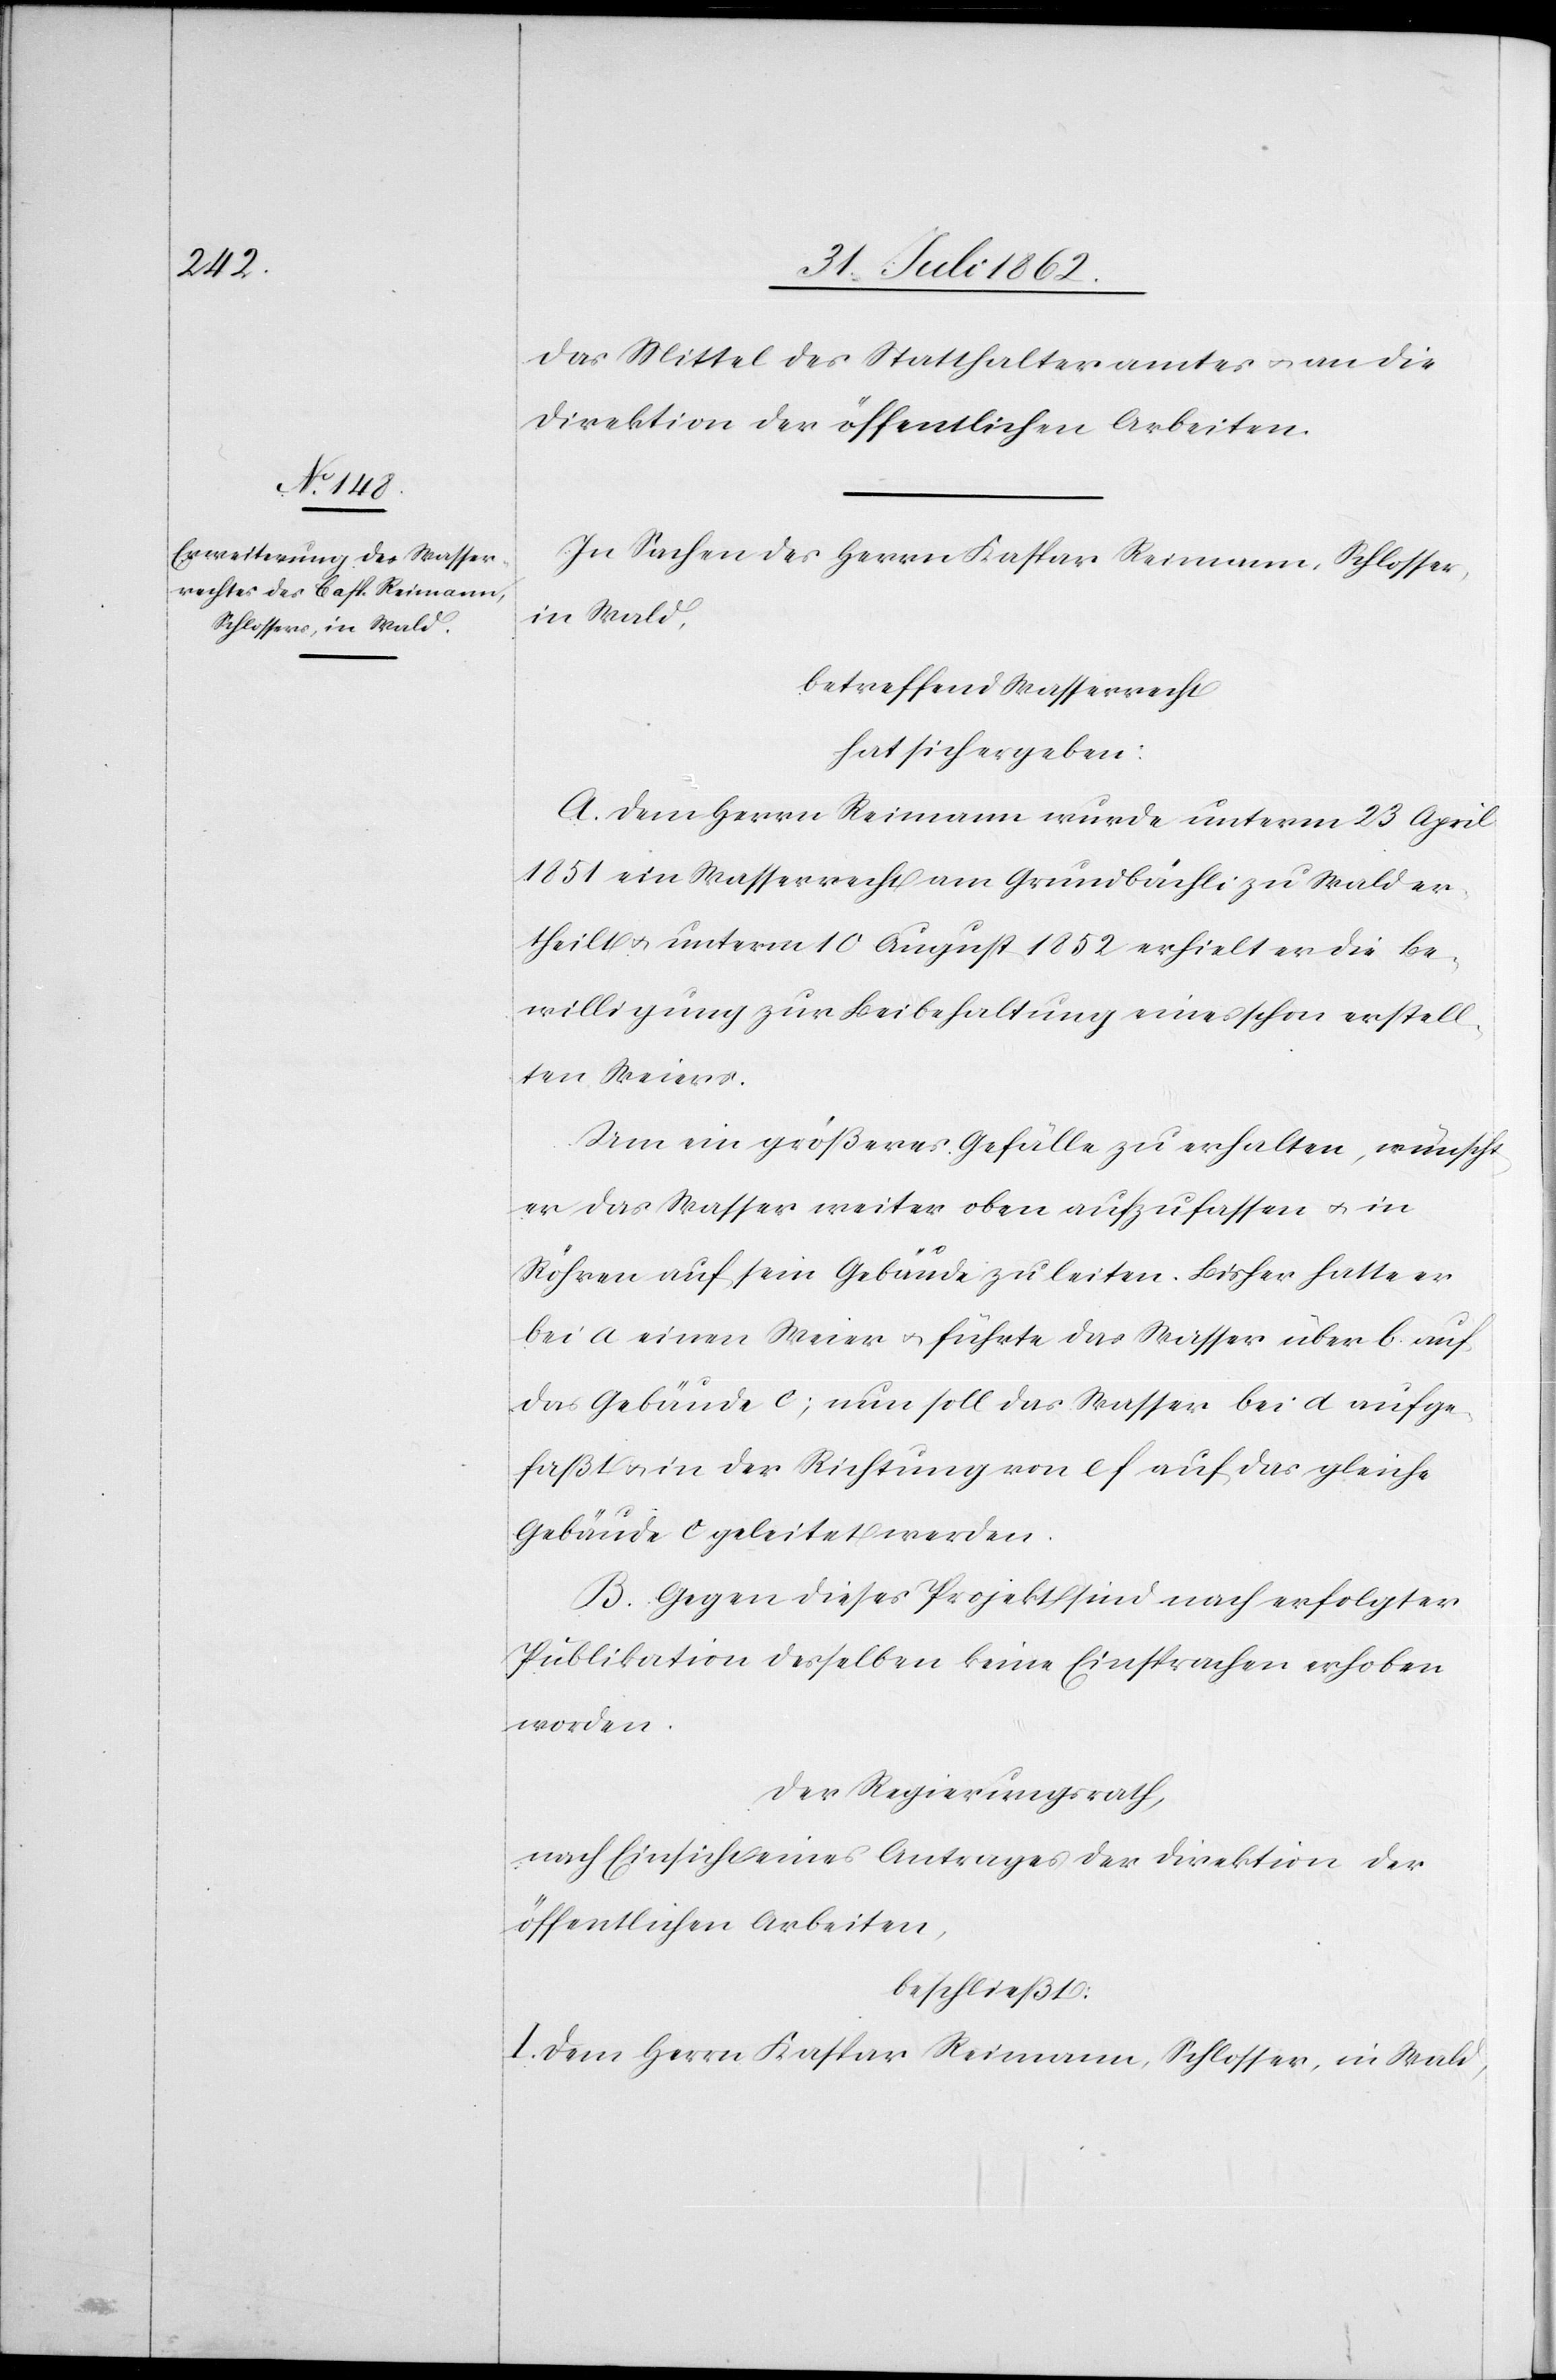
das Mittel des Statthalteramtes u. an die
Direktion der öffentlichen Arbeiten.
In Sachen des Herrn Kaspar [sic!] Reimann, Schlosser,
in Wald,
betreffend Wasserrecht
hat sich ergeben:
A. Dem Herrn Reimann wurde unterm 23. April
1851 ein Wasserrecht am Grundbächli zu Wald er¬
theilt u. unterm 10. August 1852 erhielt er die Be¬
willigung zur Beibehaltung eines schon erstell¬
ten Weiers.
Um ein größeres Gefälle zu erhalten, wünscht
er das Wasser weiter oben aufzufassen u. in
Röhren auf sein Gebäude zu leiten. Bisher hatte er
bei a einen Weier u. führte das Wasser über b auf
das Gebäude c; nun soll das Wasser bei d aufge¬
faßt u. in der Richtung von e f auf das gleiche
Gebäude c geleitet werden.
B. Gegen diese Projektlinie sind nach erfolgter
Publikation desselben keine Einsprachen erhoben
worden.
Der Regierungsrath,
nach Einsicht eines Antrages der Direktion der
öffentlichen Arbeiten,
beschließt:
I. Dem Herrn Kaspar Reimann, Schlosser, in Wald,